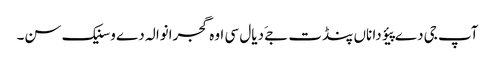
آپ جی دے پیؤ دا ناں پنڈت جےَ دیال سی اوہ گجرانوالہ دے وسنیک سن۔